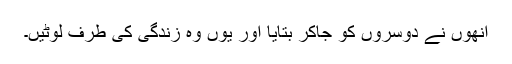
انھوں نے دوسروں کو جاکر بتایا اور یوں وہ زندگی کی طرف لوٹیں۔